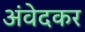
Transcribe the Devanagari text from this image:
अंवेदकर